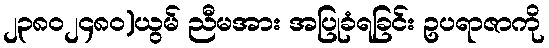
၂၃၈၀၂၄၈၀)ယွမ် ညီမအား အပြုခံရခြင်း ဥပရာဇာကို